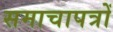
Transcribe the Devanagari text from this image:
समाचापत्रों